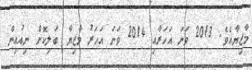
މާޒިޔާއެވެ. 2013 ވަނަ އަހަރާއި 2014 ވަނަ އަހަރު މާޒިޔާ ބަލިކޮށް ނިއުއިން